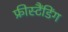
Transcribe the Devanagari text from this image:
फ्रीस्टैंडिंग